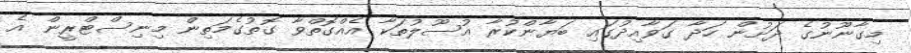
މިގާނޫނުގެ ދަށުން ހަދާ ގަވާއިދުގައި ބަޔާންކުރާ އުސޫލުތަކާ އެއްގޮތްވާ ގޮތުގެމަތިން މިނިސްޓްރީން އެ